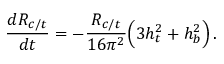
{ \frac { d R _ { c / t } } { d t } } = - { \frac { R _ { c / t } } { 1 6 \pi ^ { 2 } } } \Big ( 3 h _ { t } ^ { 2 } + h _ { b } ^ { 2 } \Big ) \, .